Leaving Certificate Examination, 1924
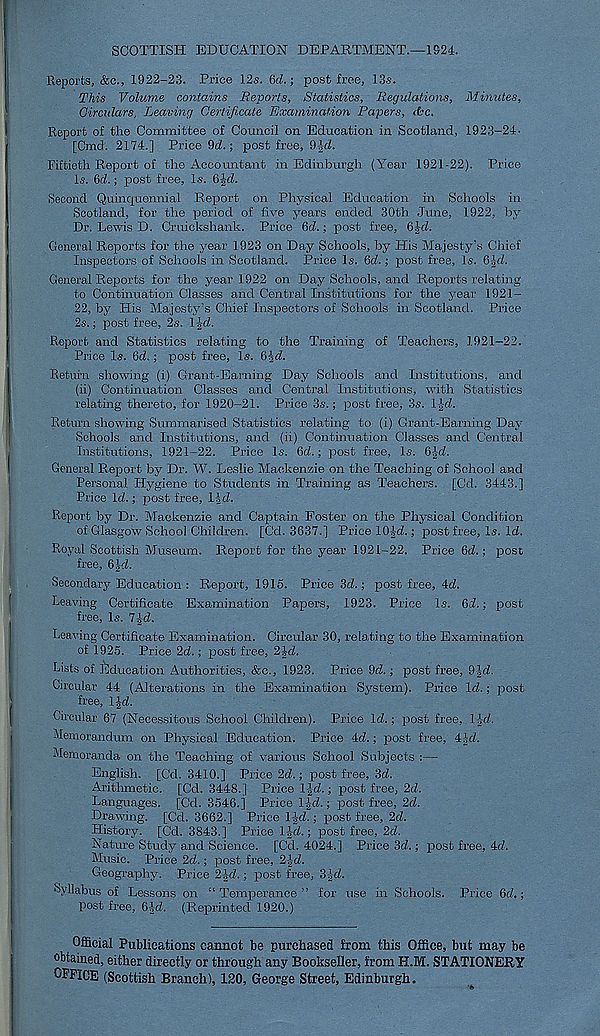
SCOTTISH EDUCATION DEPARTMENT.—1521.
Reports, &c., 1922-23. Price 12s. 6ri!.; post free, 13s.
This Volume contains Reports, Statistics, Regulations, Minutes,
Circulars, Leaving Certificate Examination Papers, tfcc.
Report of the Committee of Council on Education in Scotland, 1923-24•
[Cmd. 2174.] Price 9d.; post free, 9-Jd.
Fiftieth Report of the Accountant in Edinburgh (Year 1921-22). Price
Is. 6d.; post free, Is. 6|d.
Second Quincjuennial Report on Physical Education in Schools in
Scotland, for the period of five years ended 30th June, 1922, by
Dr. Lewis D. Cruickshank. Price 6d.; post free, 6|d.
General Reports for the year 1923 on Day Schools, by His Majesty's Chief
Inspectors of Schools in Scotland. Price Is. 6d.; post free, Is. 6J<2.
General Reports for the year 1922 on Day Schools, and Reports relating
to Continuation Classes and Central Institutions for the year 1921-
22, by His Majesty’s Chief Inspectors of Schools in Scotland. Price
2s.; post free, 2s. l id.
Report and Statistics relating to the Training of Teachers, 1921-22.
Price Is. 6d.; post free. Is. GJd.
Return showing (i) Grant-Earning Day Schools and Institutions, and
(ii) Continuation Classes and Central Institutions, with Statistics
relating thereto, for 1920-21. Price 3s.; post free, 3s. lid.
Return showing Summarised Statistics relating to (i) Grant-Earning Day
Schools and Institutions, and (ii) Continuation Classes and Central
Institutions, 1921-22. Price Is. 6d.; post free, Is. 6Jd.
General Report by Dr. W. Leslie Mackenzie on the Teaching of School and
Personal Hygiene to Students in Training as Teachers. [Cd. 3443.]
Price Id.; post free, lid.
Report by Dr. Mackenzie and Captain Foster on the Physical Condition
of Glasgow School Children. [Cd. 3637.] Price lOJd.; post free, Is. Id.
Royal Scottish Museum. Report for the year 1921-22. Price 6d.; post
free, 6|d.
Secondary Education : Report, 1915. Price 3d.; post free, 4d.
Leaving Certificate Examination Papers, 1923. Price Is. 6i.; post
free, Is. 7£d.
Leaving Certificate Examination. Circular 30, relating to the Examination
of 1925. Price 2d.; post free, 2 J-d.
Lists of Education Authorities, &c., 1923. Price 9d.; post free, 9|d.
Circular 44 (Alterations in the Examination System). Price Id.; post
free, l|d.
Circular 67 (Necessitous School Children). Price Id.; post free, 1-Jd.
Memorandum on Physical Education. Price 4d.; joost free, 4-Jd.
Memoranda on the Teaching of various School Subjects :—
English. [Cd. 3410.] Price 2d.; post free, 3d.
Arithmetic. [Cd. 3448.] Price I J-d.; post free, 2d.
Languages. [Cd. 3546.] Price l|-d.; post free, 2d.
Drawing. [Cd. 3662.] Price 1-Jd.; post free, 2d.
History. [Cd. 3843.] Price 1-gd.; post free, 2d.
Nature Study and Science. [Cd. 4024.] Price 3d.; post free, id.
Music. Price 2d.; post free, 2-Jd.
Geography. Price 21-d.; post free, 3 id.
Syllabus of Lessons on “Temperance” for use in Schools. Price 6d.;
post free, 6 Id. (Reprinted 1920.)
Official Publications cannot be purchased from this Office, but may be
obtained, either directly or through any Bookseller, from H.M. STATIONERY
OFFICE (Scottish Branch), 120, George Street, Edinburgh.